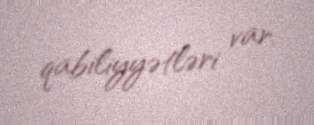
qabiliyyətləri var.